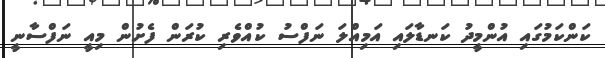
ކަންކަމުގައި އުންމީދު ކަނޑާލައި އަމިއްލަ ނަފްސު ކުއްވެރި ކުރަން ފެށުން މިއީ ނަފްސާނީ